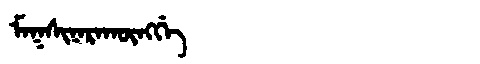
Manchu: ᠮᠠᡴᠰᡳᠨᠠᡵᠠᡴᡡᠩᡤᡝ
Romanization: MAKSINARAKŪNGGE